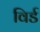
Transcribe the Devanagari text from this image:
विर्ड